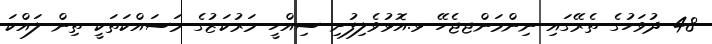
48 ދުވަހުގެ ތެރޭގައި ނިންމަންޖޖެހޭ ޅ.އޮޅުވެލިފުށި ސިއްހީ މަރުކަޒުގެ މަސައްކަތަކީ ތިން ލައްކަ